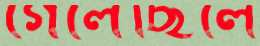
গেলেছিলে